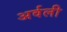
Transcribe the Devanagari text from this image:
अर्वली